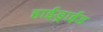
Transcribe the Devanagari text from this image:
हाईड्राईड